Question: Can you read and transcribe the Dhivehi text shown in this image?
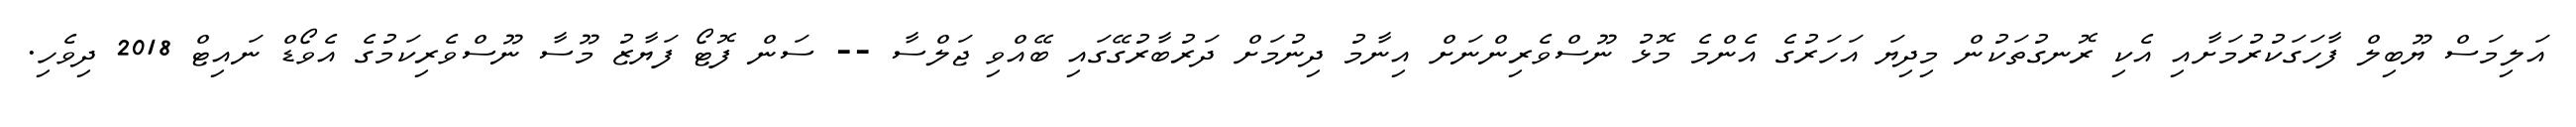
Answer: އަލިމަސް ޔޫބިލް ފާހަގަކުރުމަށާއި އެކި ރޮނގުތަކުން މިދިޔަ އަހަރުގެ އެންމެ މޮޅު ނޫސްވެރިންނަށް އިނާމު ދިނުމަށް ދަރުބާރުގޭގައި ބޭއްވި ޖަލްސާ -- ސަން ފޮޓޯ ފަޔާޒު މޫސާ ނޫސްވެރިކަމުގެ އެވޯޑް ނައިޓް 2018 ދިވެހި.